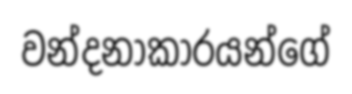
වන්දනාකාරයන්ගේ